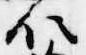
位